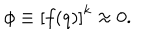
LaTeX: \phi \equiv \left[ f ( q ) \right] ^ { k } \approx 0 .